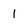
Character: l